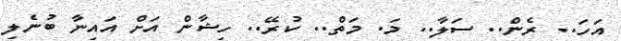
އަހަ.. ރެން.. ސަލާ.. މަ. މަތް.. ކުރޭ.. ހިޝާން އަށް އައިނާ ބުނެލި